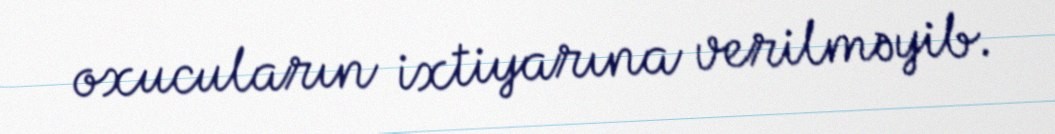
oxucuların ixtiyarına verilməyib.